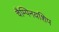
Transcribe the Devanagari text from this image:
चैम्पिनयशिप